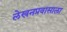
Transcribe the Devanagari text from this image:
लेखनप्रवासाला